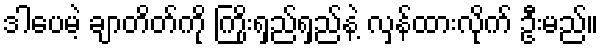
ဒါပေမဲ့ ချာတိတ်ကို ကြိုးရှည်ရှည်နဲ့ လှန်ထားလိုက် ဦးမည်။